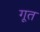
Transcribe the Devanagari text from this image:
गूत